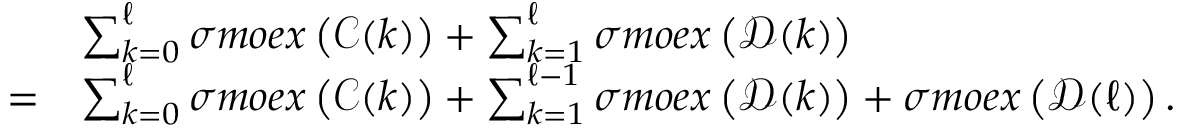
\begin{array} { r l } & { \sum _ { k = 0 } ^ { \ell } \sigma m o e x \left( \mathcal { C } ( k ) \right) + \sum _ { k = 1 } ^ { \ell } \sigma m o e x \left( \mathcal { D } ( k ) \right) } \\ { = } & { \sum _ { k = 0 } ^ { \ell } \sigma m o e x \left( \mathcal { C } ( k ) \right) + \sum _ { k = 1 } ^ { \ell - 1 } \sigma m o e x \left( \mathcal { D } ( k ) \right) + \sigma m o e x \left( \mathcal { D } ( \ell ) \right) . } \end{array}